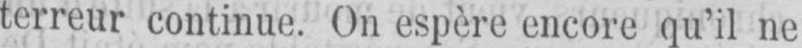
terreur continue. On espère encore qu’il ne